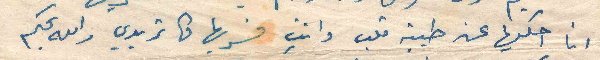
انا احكيها عن طيبة قلب وانتِ فسريها كما تريدي والله بحكم